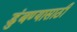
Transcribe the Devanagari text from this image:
डुंबण्यासाठी